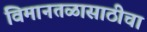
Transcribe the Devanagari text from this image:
विमानतळासाठीचा